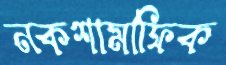
নকশামাফিক